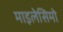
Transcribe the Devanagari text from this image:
माइलेसिमो